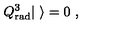
Q _ { \mathrm { r a d } } ^ { 3 } | \ \rangle = 0 \ ,